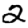
Digit: 2